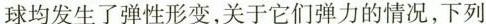
球均发生了弹性形变，关于它们弹力的情况，下列